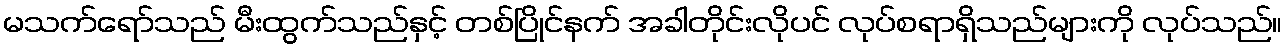
မသက်ရော်သည် မီးထွက်သည်နှင့် တစ်ပြိုင်နက် အခါတိုင်းလိုပင် လုပ်စရာရှိသည်များကို လုပ်သည်။